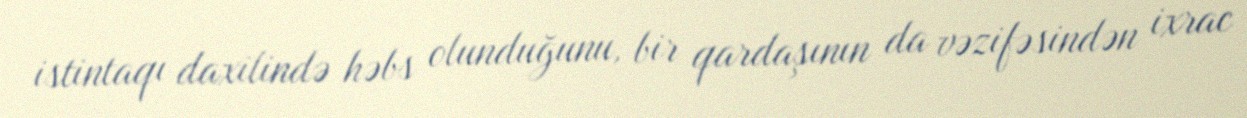
istintaqı daxilində həbs olunduğunu, bir qardaşının da vəzifəsindən ixrac